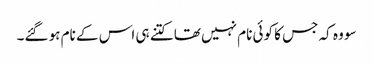
سو وہ کہ جس کا کوئی نام نہیں تھا کتنے ہی اس کے نام ہو گئے۔